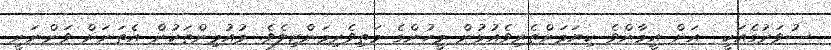
ސުވަރުގެއަކީ  އަށް އީމާންވެ ކިޔަމަންތެރިވެއުޅުން މީހުންގެ މަތިވެރިމަންޒިލެވެ. މުއުމިންތަކުން އެތަނަށް ވަންނަނީ